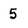
Character: 5